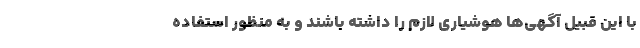
با این قبیل آگهی‌ها هوشیاری لازم را داشته باشند و به منظور استفاده